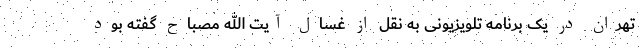
تهران در یک برنامه تلویزیونی به نقل از غسال آیت الله مصباح گفته بود